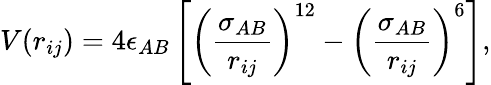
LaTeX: V(r_{ij})=4\epsilon_{AB}\left[\left(\frac{\sigma_{AB}}{r_{ij}}\right)^{12}-\left(\frac{\sigma_{AB}}{r_{ij}}\right)^{6}\right],